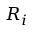
R _ { i }